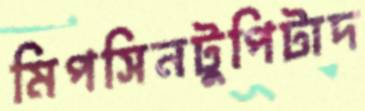
মিপসিনটুপিটাদ